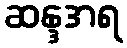
ဆန္ဒအရ